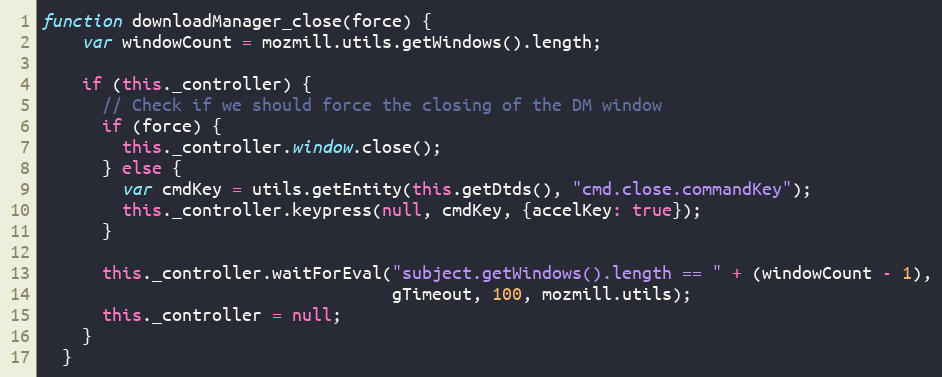
Language: JavaScript
function downloadManager_close(force) {
    var windowCount = mozmill.utils.getWindows().length;

    if (this._controller) {
      // Check if we should force the closing of the DM window
      if (force) {
        this._controller.window.close();
      } else {
        var cmdKey = utils.getEntity(this.getDtds(), "cmd.close.commandKey");
        this._controller.keypress(null, cmdKey, {accelKey: true});
      }

      this._controller.waitForEval("subject.getWindows().length == " + (windowCount - 1),
                                   gTimeout, 100, mozmill.utils);
      this._controller = null;
    }
  }